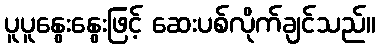
ပူပူနွေးနွေးဖြင့် ဆေးပစ်လိုက်ချင်သည်။